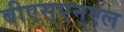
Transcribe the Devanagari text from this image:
बीएस्‌एन्‌एल